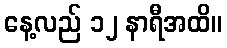
နေ့လည် ၁၂ နာရီအထိ။